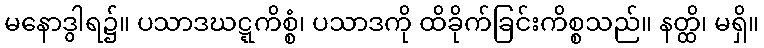
မနောဒွါရ၌။ ပသာဒဃဋ္ဋကိစ္စံ၊ ပသာဒကို ထိခိုက်ခြင်းကိစ္စသည်။ နတ္ထိ၊ မရှိ။